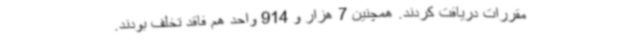
مقررات دریافت کردند. همچنین 7 هزار و 914 واحد هم فاقد تخلف بودند.